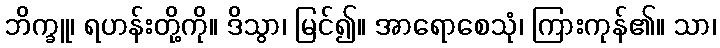
ဘိက္ခူ၊ ရဟန်းတို့ကို။ ဒိသွာ၊ မြင်၍။ အာရောစေသုံ၊ ကြားကုန်၏။ သာ၊